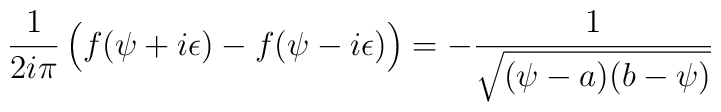
{1\over 2i\pi} \left(\strut f(\psi + i\epsilon) - f(\psi -i\epsilon)\right) = -{1\over\sqrt{(\psi -a)(b-\psi)}}